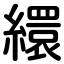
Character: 繯